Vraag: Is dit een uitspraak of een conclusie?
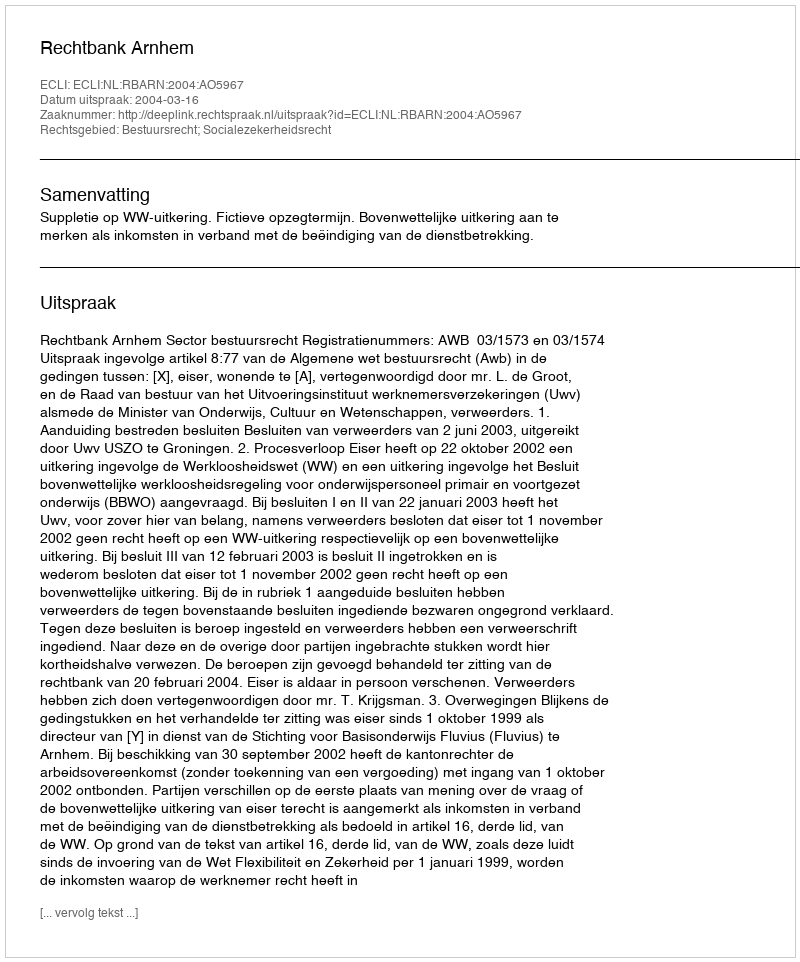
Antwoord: Uitspraak